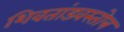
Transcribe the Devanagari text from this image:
शिवतांडवस्तोत्र